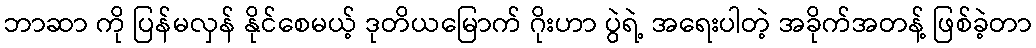
ဘာဆာ ကို ပြန်မလှန် နိုင်စေမယ့် ဒုတိယမြောက် ဂိုးဟာ ပွဲရဲ့ အရေးပါတဲ့ အခိုက်အတန့် ဖြစ်ခဲ့တာ